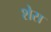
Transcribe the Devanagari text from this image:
शेस